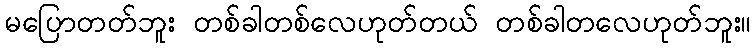
မပြောတတ်ဘူး တစ်ခါတစ်လေဟုတ်တယ် တစ်ခါတလေဟုတ်ဘူး။